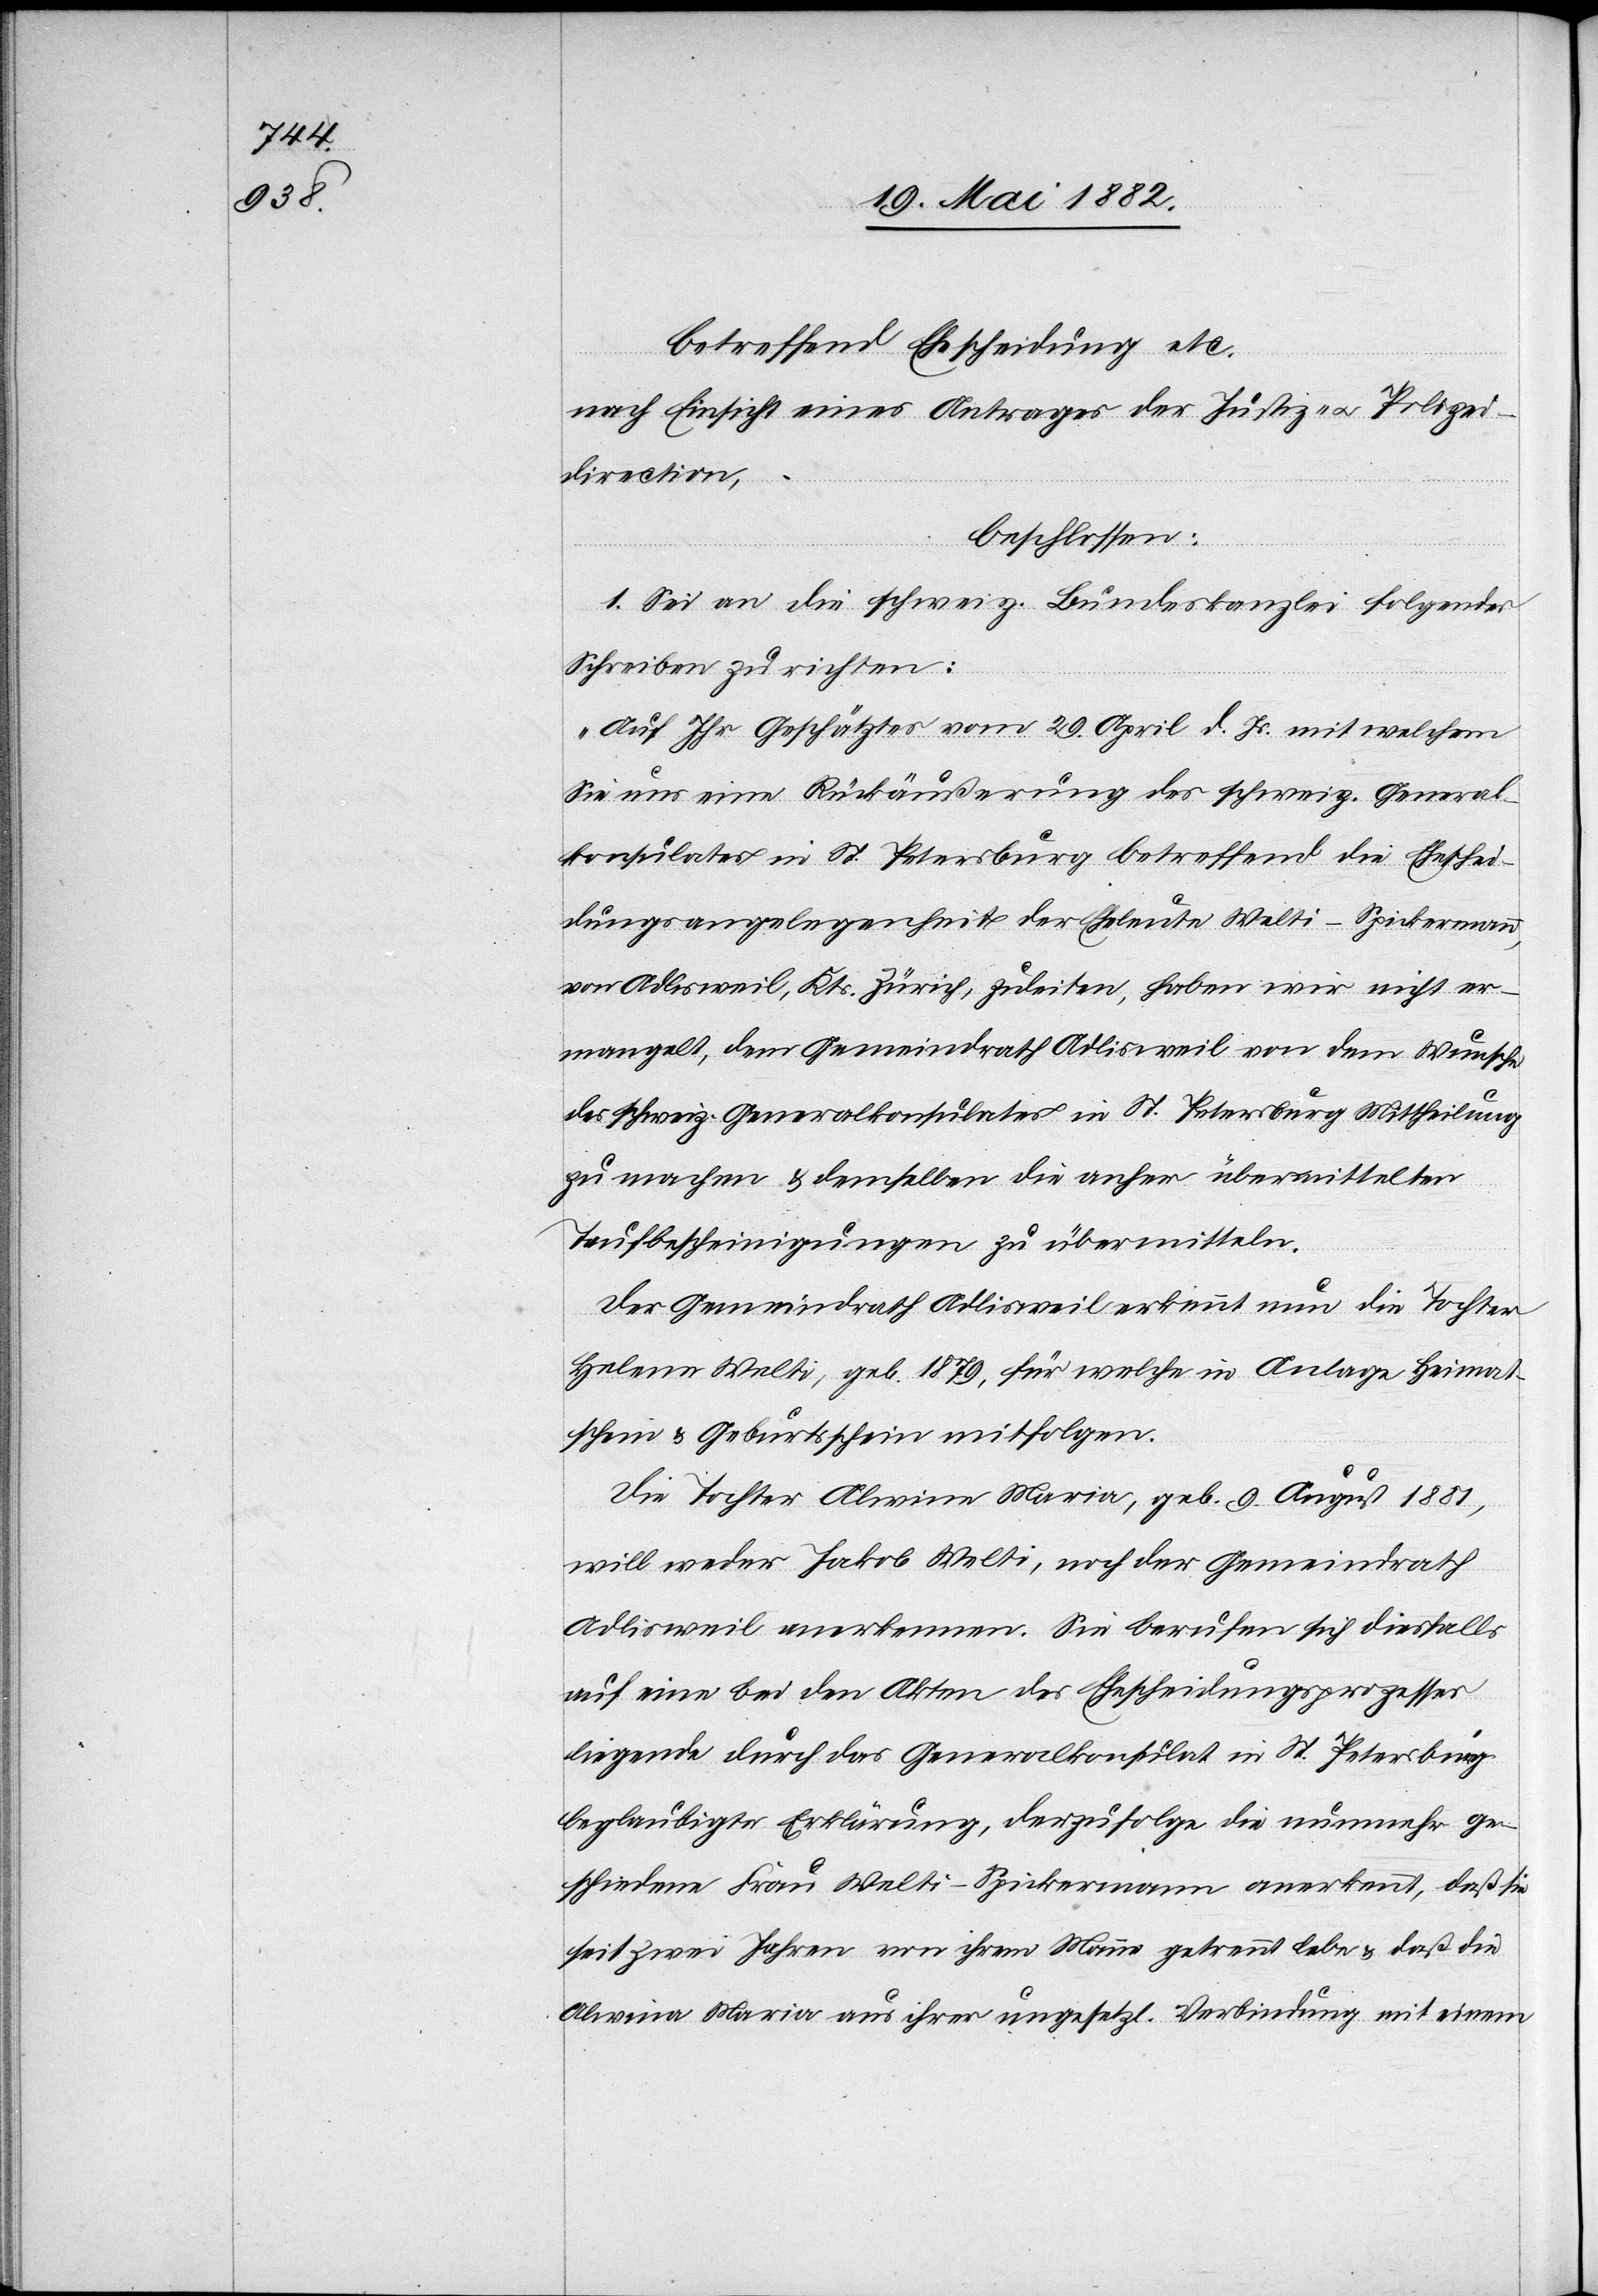
betreffend Ehescheidung etc.
nach Einsicht eines Antrages der Justiz- u. Polizei¬
direction,
beschlossen:
1. Sei an die schweiz. Bundeskanzlei folgendes
Schreiben zu richten:
„Auf Ihr Geschätztes vom 29. April d. Js. mit welchem
Sie uns eine Rückäußerung des schweiz. General¬
konsulates in St. Petersburg betreffend die Eheschei¬
dungsangelegenheit der Eheleute Welti-Spickermann,
von Adlisweil, Kts. Zürich, zuleiten, haben wir nicht er¬
mangelt, dem Gemeindrath Adlisweil von dem Wunsche
des schweiz. Generalkonsulates in St. Petersburg Mittheilung
zu machen & demselben die anher übermittelten
Taufbescheinigungen zu übermitteln.
Der Gemeindrath Adlisweil erkennt nun die Tochter
Helene Welti, geb. 1879, für welche in Anlage Heimat¬
schein & Geburtsschein mitfolgen
Die Tochter Alwine Maria, geb. 9. August 1881,
will weder Jakob Welti, noch der Gemeindrath
Adlisweil anerkennen. Sie berufen sich diesfalls
auf eine bei den Akten des Ehescheidungsprozesses
liegende durch das Generalkonsulat in St. Petersburg
beglaubigte Erklärung, derzufolge die nunmehr ge¬
schiedene Frau Welti-Spickermann anerkennt, daß sie
seit zwei Jahren von ihrem Manne getrennt lebe & daß die
[sic!] Maria aus ihrer ungesetzl. Verbindung mit einem